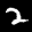
Label: 2